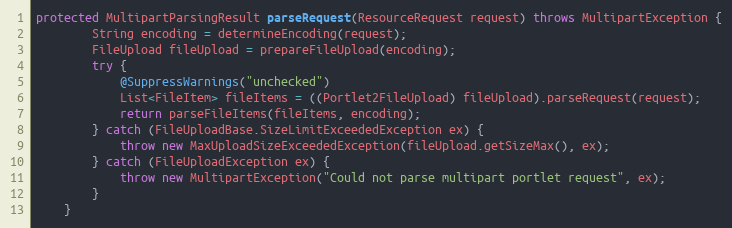
Language: Java
protected MultipartParsingResult parseRequest(ResourceRequest request) throws MultipartException {
        String encoding = determineEncoding(request);
        FileUpload fileUpload = prepareFileUpload(encoding);
        try {
            @SuppressWarnings("unchecked")
            List<FileItem> fileItems = ((Portlet2FileUpload) fileUpload).parseRequest(request);
            return parseFileItems(fileItems, encoding);
        } catch (FileUploadBase.SizeLimitExceededException ex) {
            throw new MaxUploadSizeExceededException(fileUpload.getSizeMax(), ex);
        } catch (FileUploadException ex) {
            throw new MultipartException("Could not parse multipart portlet request", ex);
        }
    }